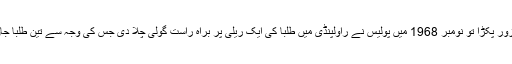
مظاہروں نے زور پکڑا تو نومبر 1968 میں پولیس نے راولپنڈی میں طلبا کی ایک ریلی پر براہ راست گولی چلا دی جس کی وجہ سے تین طلبا جاں بحق ہوگئے۔